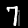
Label: 7